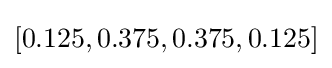
[0.125,0.375,0.375,0.125]